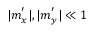
{ | m } _ { x } ^ { \prime } | , { | m } _ { y } ^ { \prime } | \ll 1